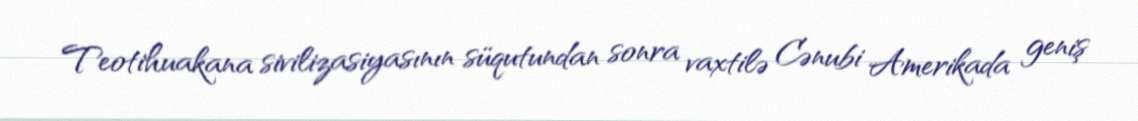
Teotihuakana sivilizasiyasının süqutundan sonra vaxtilə Cənubi Amerikada geniş